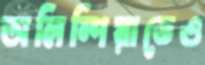
অলিম্পিয়াডেও